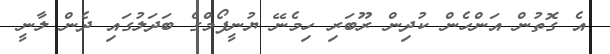
އެ ގޮތުން އަންހެން ކުދިން ރޫބަރި ހިމެނޭ ޔުނީފޯމްގެ ބަދަލުގައި ދެން ލާނީ